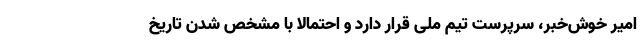
امیر خوش‌خبر، سرپرست تیم ملی قرار دارد و احتمالاً با مشخص شدن تاریخ